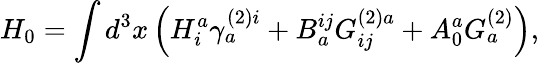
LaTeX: H_{0}=\int d^{3}x\left(H_{i}^{a}\gamma_{a}^{(2)i}+B_{a}^{ij}G_{ij}^{(2)a}+A_{0}^{a}G_{a}^{(2)}\right),